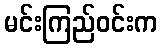
မင်းကြည်ဝင်းက